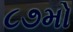
૮૭મો